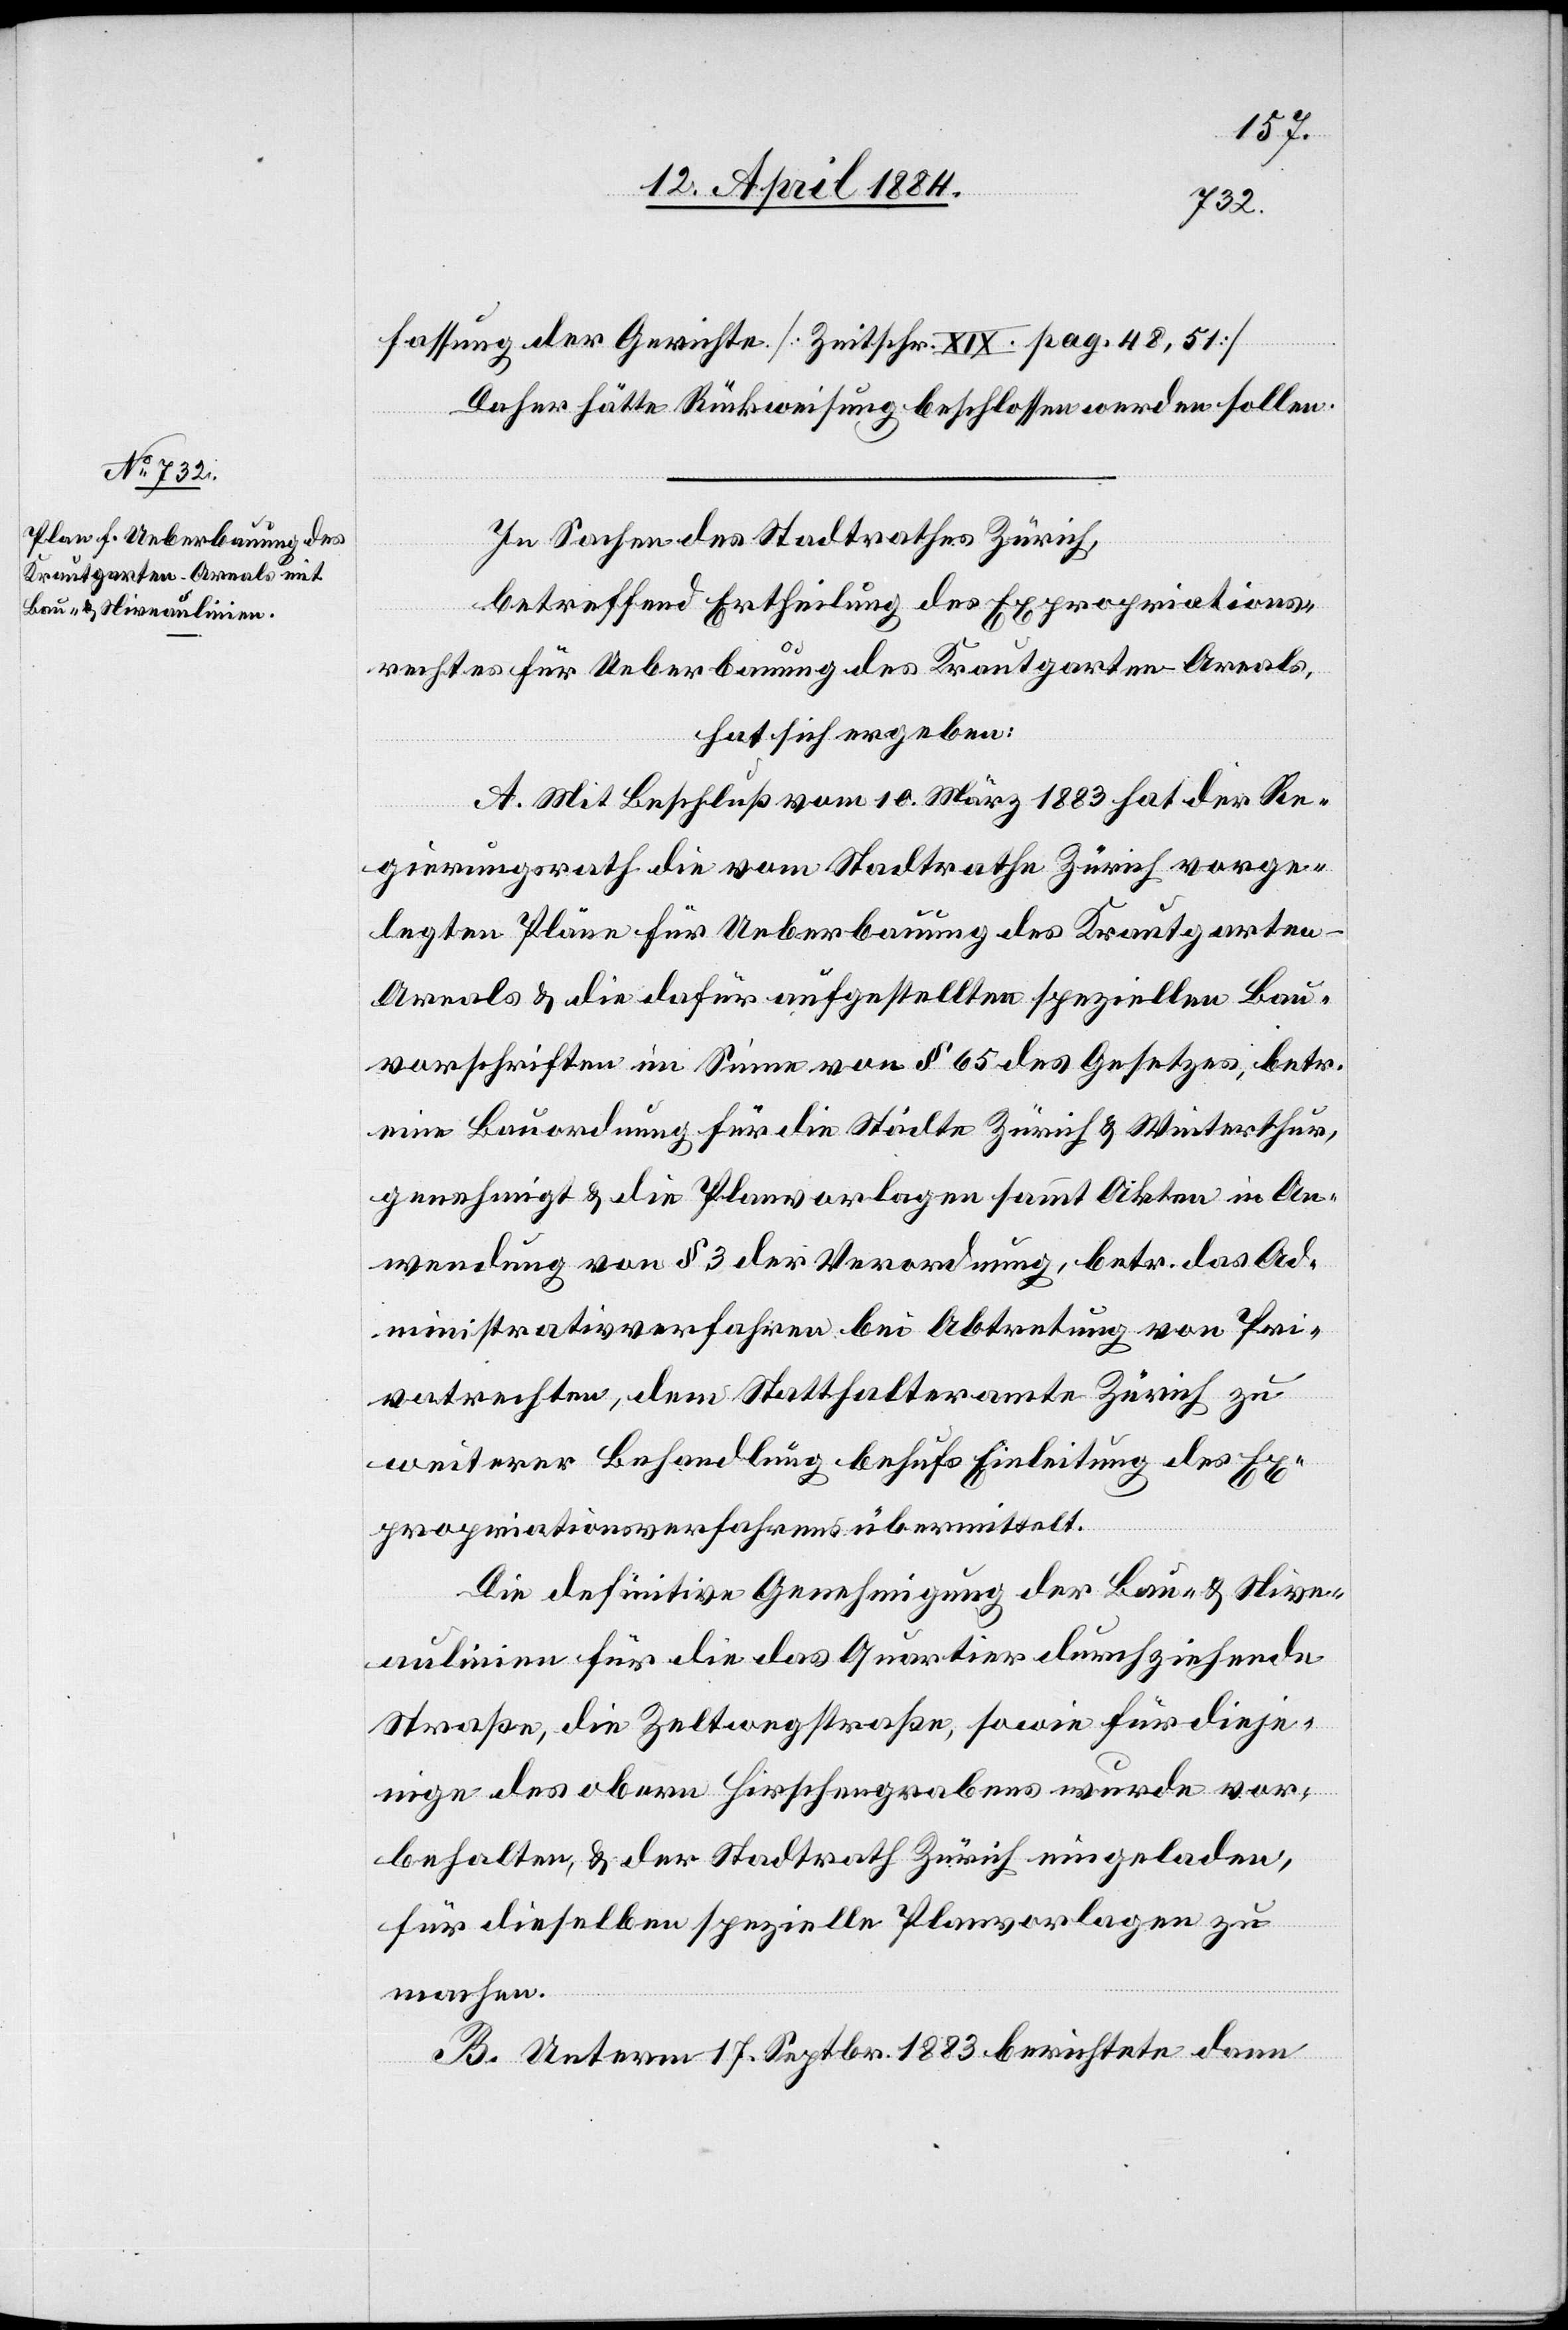
fassung der Gerichte [Zeitschr. XIX. pag. 48, 51]
Daher hätte Rückweisung beschlossen werden sollen.
In Sachen des Stadtrathes Zürich,
betreffend Ertheilung des Expropriations¬
rechtes für Ueberbauung des Krautgarten-Areals,
hat sich ergeben:
A. Mit Beschluß vom 10. März 1883 hat der Re¬
gierungsrath die vom Stadtrathe Zürich vorge¬
legten Pläne für Ueberbauung des Krautgarte¬
n-Areals & die dafür aufgestellten speziellen Bau¬
vorschriften im Sinne von § 65 des Gesetzes, betr.
eine Bauordnung für die Städte Zürich & Winterthur,
genehmigt & die Planvorlagen sammt Akten in An¬
wendung von § 3 der Verordnung, betr. das Ad¬
ministrativverfahren bei Abtretung von Pri¬
vatrechten, dem Statthalteramte Zürich zu
weiterer Behandlung behufs Einleitung des Ex¬
propriationsverfahrens übermittelt.
Die definitive Genehmigung der Bau- & Nive¬
aulinien für die das Quartier durchziehende
Straße, die Zeltwegstraße, sowie für dieje¬
nigen des obern Hirschengrabens wurde vor¬
behalten, & der Stadtrath Zürich eingeladen,
für dieselben spezielle Planvorlagen zu
machen.
B. Unterm 17. Septbr. 1883 berichtete dann